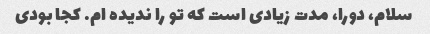
سلام، دورا، مدت زیادی است که تو را ندیده ام. کجا بودی